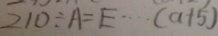
2 1 0 \div A = E \cdots ( a + 5 )